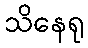
သိနေရု